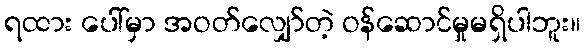
ရထား ပေါ်မှာ အဝတ်လျှော်တဲ့ ဝန်ဆောင်မှုမရှိပါဘူး။